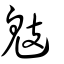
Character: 鬾